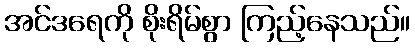
အင်ဒရေကို စိုးရိမ်စွာ ကြည့်နေသည်။